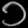
Digit: ၁